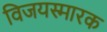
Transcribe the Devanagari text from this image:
विजयस्मारक